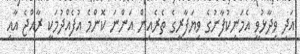
އަދި ވިދާޅުވީ އެމަނިކުފާނުގެ ވިޔަފާރީގެ ތެރެއިން އަންނަ ކޮންމެ އުފެއްދުމަކީ ރާއްޖެ އާއި